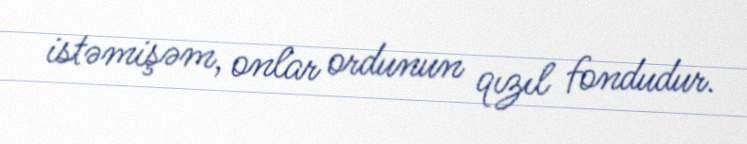
istəmişəm, onlar ordunun qızıl fondudur.